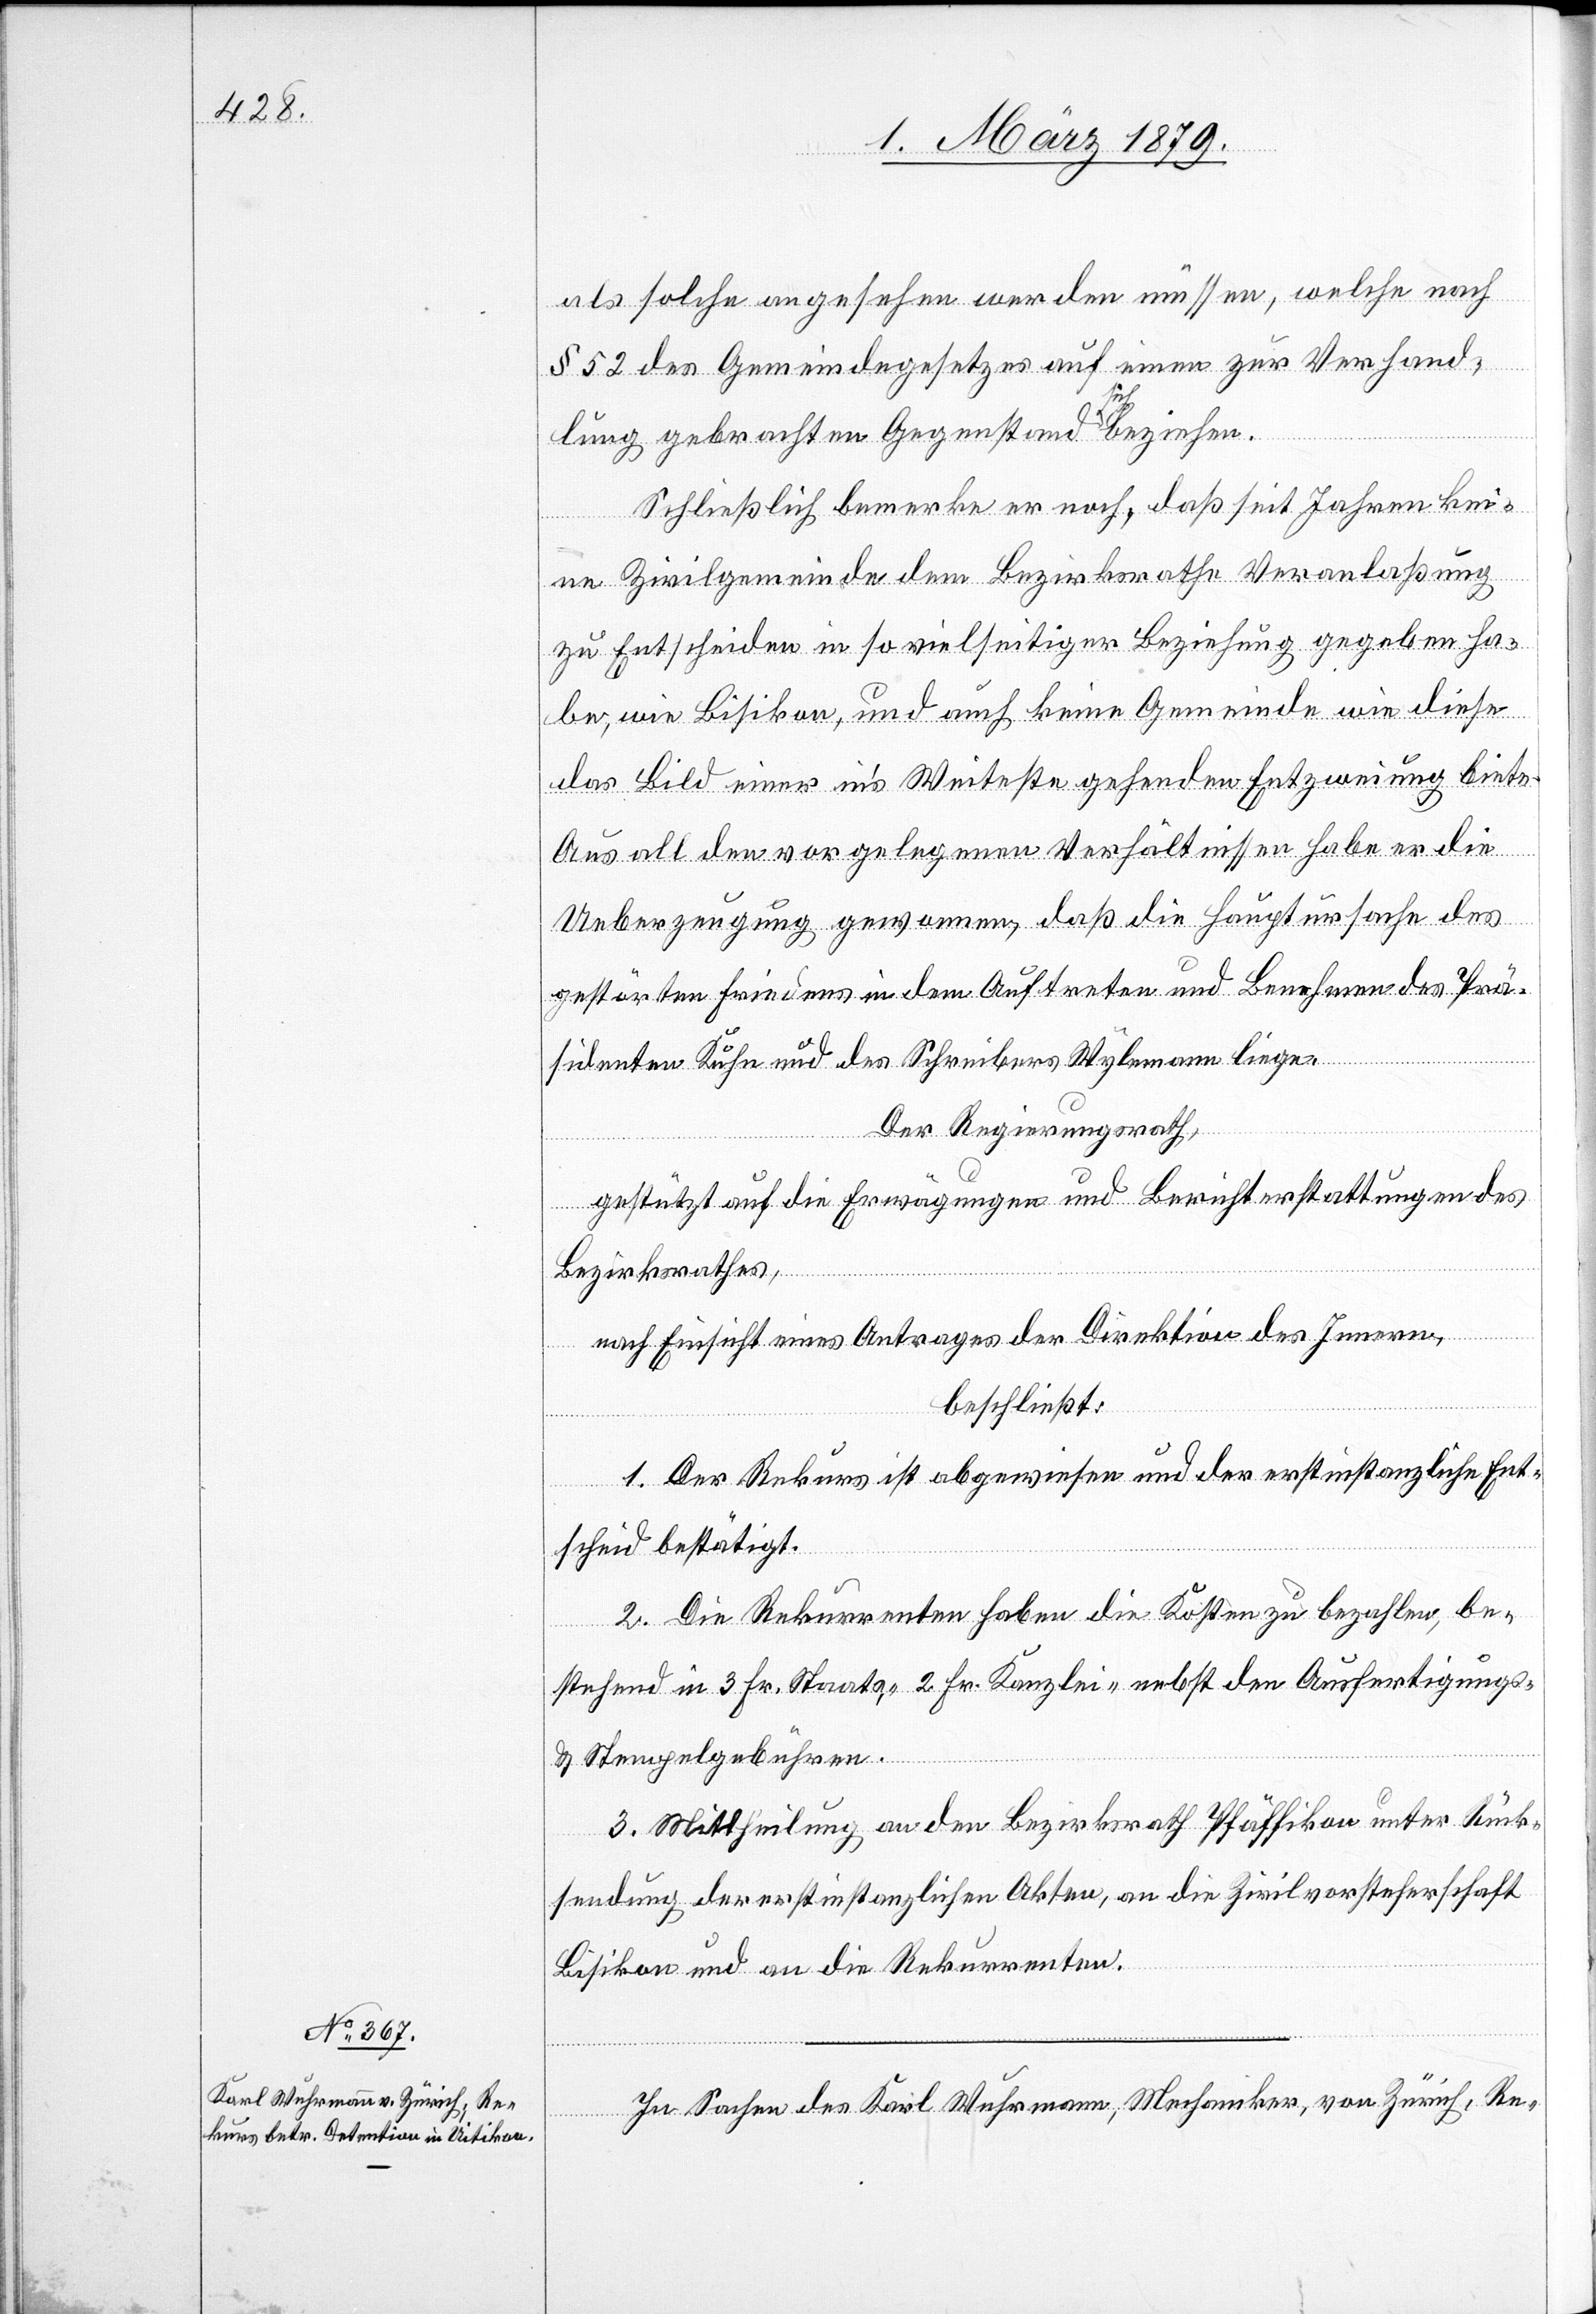
als solche angesehen werden müssen, welche nach
§ 52 des Gemeindegesetzes auf einen zur Verhand¬
lung gebrachten Gegenstand sich beziehen.
Schließlich bemerke er noch, daß seit Jahren kei¬
ne Zivilgemeinde dem Bezirksrathe Veranlaßung
zu Entscheiden in so vielseitiger Beziehung gegeben ha¬
be, wie Bisikon, und auch keine Gemeinde wie diese
das Bild einer in’s Weiteste gehenden Entzweiung biete.
Aus all den vorgelegenen Verhältnissen habe er die
Ueberzeugung gewonnen, daß die Hauptursache des
gestörten Friedens in dem Auftreten und Benehmen des Prä¬
sidenten Kuhn und des Schreibers Wylemann liege.
Der Regierungsrath,
gestützt auf die Erwägungen und Berichterstattungen des
Bezirksrathes,
nach Einsicht eines Antrages der Direktion des Innern,
beschließt:
1. Der Rekurs ist abgewiesen und der erstinstanzliche Ent¬
scheid bestätigt.
2. Die Rekurrenten haben die Kosten zu bezahlen, be¬
stehend in 3 Fr. Staats-, 2 Fr. Kanzlei- nebst den Ausfertigungs-
& Stempelgebühren.
3. Mittheilung an den Bezirksrath Pfäffikon unter Rück¬
sendung der erstinstanzlichen Akten, an die Zivilvorsteherschaft
Bisikon und an die Rekurrenten.
In Sachen des Karl Wuhrmann, Mechaniker, von Zürich, Re-